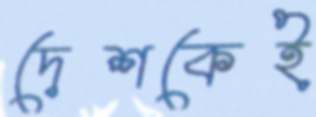
দেশকেই